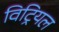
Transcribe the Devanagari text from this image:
विट्रियल